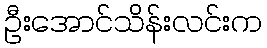
ဦးအောင်သိန်းလင်းက